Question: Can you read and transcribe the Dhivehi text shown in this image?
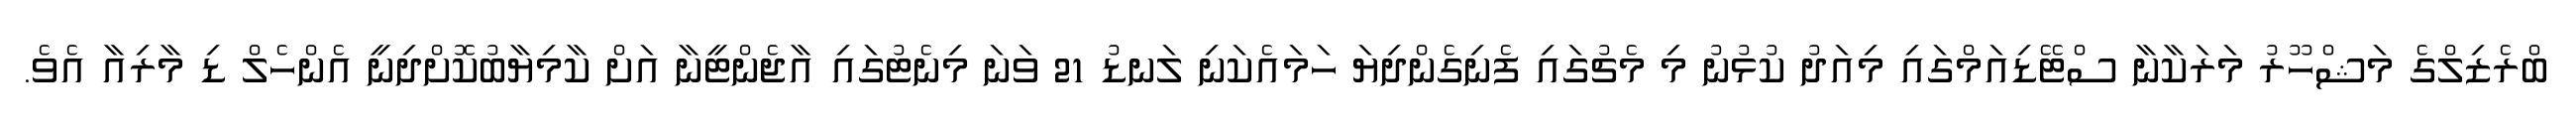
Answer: ބްރެޒިލްގެ މަޝްހޫރު މަރަކާނާ ސްޓޭޑިއަމްގައި މިއަދު ކުޅުނު މި މެޗުގައި ފެނިގެންދިޔަ ހަމައެކަނި ލަނޑު 21 ވަނަ މިނެޓުގައި އާޖެންޓީނާ އަށް ކާމިޔާބުކޮށްދިނީ އެންހެލް ޑި މާރިއާ އެވެ.